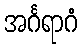
အင်္ဂရာဂံ